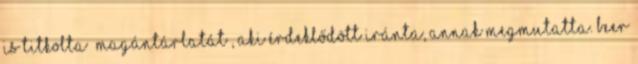
is titkolta „magántárlatát”, aki érdeklődött iránta, annak megmutatta. Beer